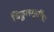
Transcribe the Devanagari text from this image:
विठ्ठलमूर्तीचा